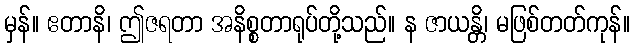
မှန်။ ဧတာနိ၊ ဤဇရတာ အနိစ္စတာရုပ်တို့သည်။ န ဇာယန္တိ၊ မဖြစ်တတ်ကုန်။